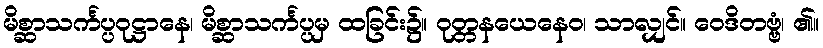
မိစ္ဆာသင်္ကပ္ပဝုဋ္ဌာနေ၊ မိစ္ဆာသင်္ကပ္ပမှ ထခြင်း၌။ ဝုတ္တနယေနေဝ၊ သာလျှင်။ ဝေဒိတဗ္ဗံ၊ ၏။